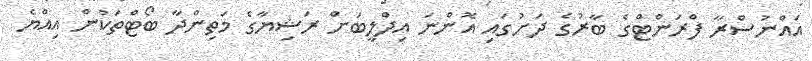
އައްނުސްރާ ފްރަންޓްގެ ބާރުގެ ދަށުގައި އޮންނަ އިދްލީބަށް ރަޝިޔާގެ މަތިންދާ ބޯޓްތަކުން އިއްޔެ